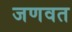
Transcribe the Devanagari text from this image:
जणवत